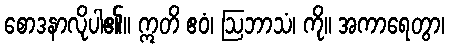
စောဒနာလိုပါ၏။ ဣတိ ဧဝံ၊ ဩဘာသံ၊ ကို။ အကာရေတွာ၊